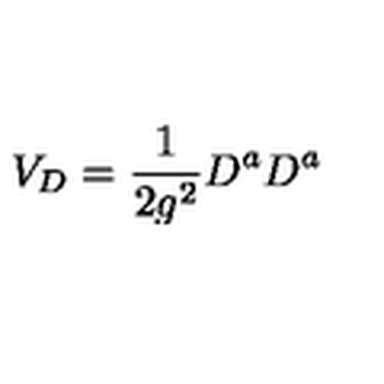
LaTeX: V _ { D } = { \frac { 1 } { 2 g ^ { 2 } } } D ^ { a } D ^ { a }